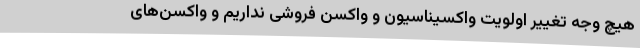
هیچ وجه تغییر اولویت واکسیناسیون و واکسن فروشی نداریم و واکسن‌های